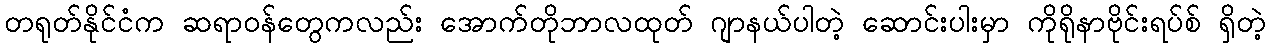
တရုတ်နိုင်ငံက ဆရာဝန်တွေကလည်း အောက်တိုဘာလထုတ် ဂျာနယ်ပါတဲ့ ဆောင်းပါးမှာ ကိုရိုနာဗိုင်းရပ်စ် ရှိတဲ့